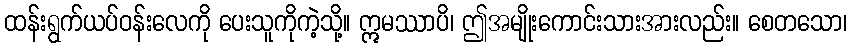
ထန်းရွက်ယပ်ဝန်းလေကို ပေးသူကိုကဲ့သို့။ ဣမဿာပိ၊ ဤအမျိုးကောင်းသားအားလည်း။ စေတသော၊